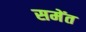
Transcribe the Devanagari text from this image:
समेंत